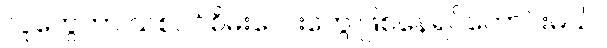
လူတွေဟာ သစ်ပင်စိမ်းလေးတွေ ဖြစ်နေရင်ကောင်းမယ်။